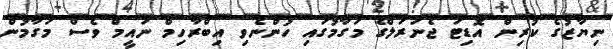
ނިޔާޒުގެ ކުރިން އޮޑިޓަ ޖެނަރަލްގެ މަގާމުގައި ހުންނެވި އިބްރާހިމް ނައީމް ވެސް މަގާމުން